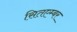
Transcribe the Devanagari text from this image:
सितएम्बर